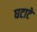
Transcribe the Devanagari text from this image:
घटाटे